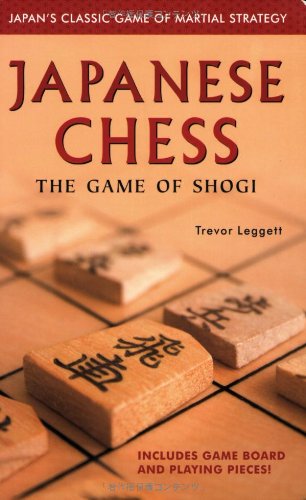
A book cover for Japanese Chess: The Game of Shogi; Trevor Leggett; Humor & Entertainment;